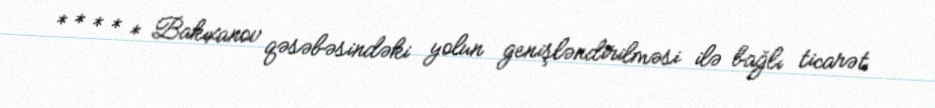
* * * * * Bakıxanov qəsəbəsindəki yolun genişləndirilməsi ilə bağlı ticarət